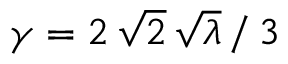
\gamma = 2 \, \sqrt { 2 } \, \sqrt { \lambda } \, / \, 3